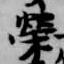
栄